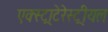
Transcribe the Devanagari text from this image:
एक्स्ट्राटेरेस्ट्रीयल